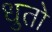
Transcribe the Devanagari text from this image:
धुतो